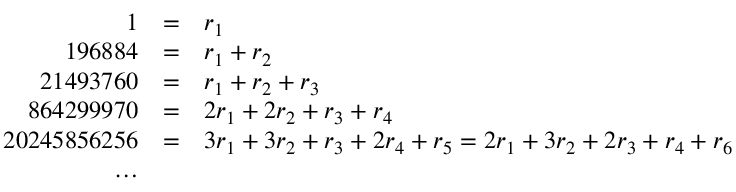
\begin{array} { r c l } { 1 } & { = } & { r _ { 1 } } \\ { 1 9 6 8 8 4 } & { = } & { r _ { 1 } + r _ { 2 } } \\ { 2 1 4 9 3 7 6 0 } & { = } & { r _ { 1 } + r _ { 2 } + r _ { 3 } } \\ { 8 6 4 2 9 9 9 7 0 } & { = } & { 2 r _ { 1 } + 2 r _ { 2 } + r _ { 3 } + r _ { 4 } } \\ { 2 0 2 4 5 8 5 6 2 5 6 } & { = } & { 3 r _ { 1 } + 3 r _ { 2 } + r _ { 3 } + 2 r _ { 4 } + r _ { 5 } = 2 r _ { 1 } + 3 r _ { 2 } + 2 r _ { 3 } + r _ { 4 } + r _ { 6 } } \\ { \ldots } \end{array}